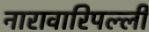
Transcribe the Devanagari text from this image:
नारावारिपल्ली